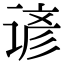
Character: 谚